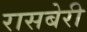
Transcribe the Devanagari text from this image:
रासबेरी